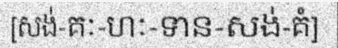
[សង់-គៈ-ហៈ-ទាន-សង់-គំ]